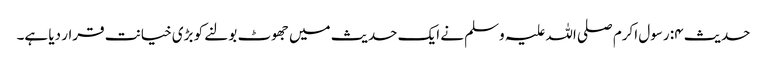
حدیث ۴: رسول اکرم صلی اللہ علیہ وسلم نے ایک حدیث میں جھوٹ بولنے کو بڑی خیانت قرار دیا ہے۔